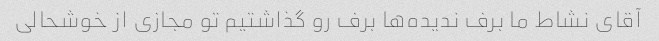
آقای نشاط ما برف ندیده‌ها برف رو گذاشتیم تو مجازی از خوشحالی